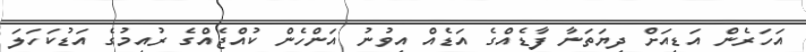
އަހަރެން އަޑިއަށް ދިޔަތަނާ ފާޑެއްގެ އަޑެއް އިވުނު އަންހެން ކުއްޖެއްގެ ރުއިމުގެ އަޑުކަހަލަ